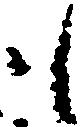
も